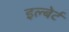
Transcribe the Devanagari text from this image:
इल्बेर्ट